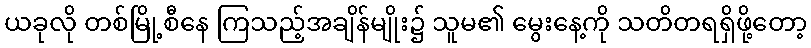
ယခုလို တစ်မြို့စီနေ ကြသည့်အချိန်မျိုး၌ သူမ၏ မွေးနေ့ကို သတိတရရှိဖို့တော့